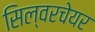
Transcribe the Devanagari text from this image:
सिल्वरचेयर